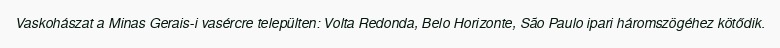
Vaskohászat a Minas Gerais-i vasércre települten: Volta Redonda, Belo Horizonte, São Paulo ipari háromszögéhez kötődik.